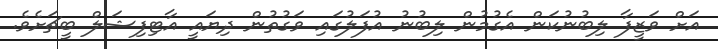
އަށް ވަޒީފާ ލިބުނުކަން އެގުމުން ލިބުނު އުފަލުގައި ވަގުތުން ދިޔައީ އާޓިފިޝަލް ބީޗަށެވެ.